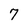
Character: 7